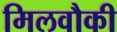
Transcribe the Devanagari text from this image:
मिलवौकी